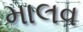
માલવ